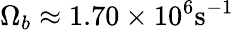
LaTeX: \Omega_{b}\approx 1.70\times 10^{6}\mathrm{s^{-1}}